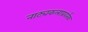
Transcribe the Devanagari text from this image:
नाट्यकलाप्रवर्तक